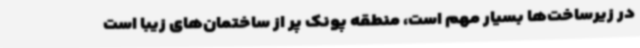
در زیرساخت‌ها بسیار مهم است، منطقه پونک پر از ساختمان‌های زیبا است